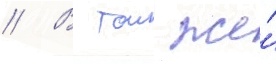
// В тои же́